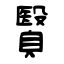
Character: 贀